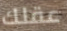
عقلك